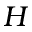
H